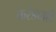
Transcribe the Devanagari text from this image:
करंड्याही